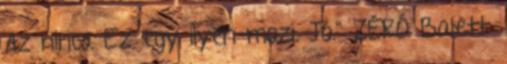
Az nincs. Ez egy ilyen mozi. Jó." ZÉRÓ Balett: